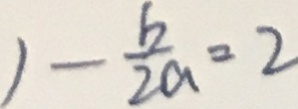
1 - \frac { b } { 2 a } = 2